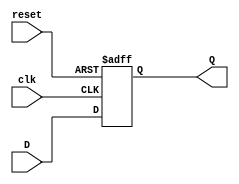
module FeedbackRegister (
    input wire clk,       // Clock signal
    input wire reset,     // Asynchronous reset signal
    input wire D,         // Data input
    output reg Q          // Data output
);

// On each rising edge of the clock, handle the feedback register logic
always @(posedge clk or posedge reset) begin
    if (reset) begin
        Q <= 1'b0;       // Asynchronous reset to zero
    end else begin
        Q <= D;          // Capture the input data D
    end
end

endmodule